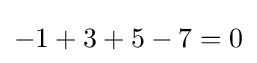
-1+3+5-7=0